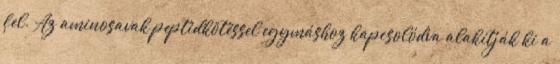
fel. Az aminosavak peptidkötéssel egymáshoz kapcsolódva alakítják ki a